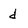
Character: d